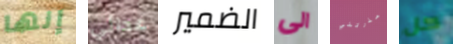
إنها عدائي الضمير الى حذرتني كل